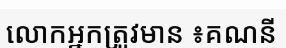
លោកអ្នកត្រូវមាន ៖គណនី